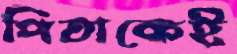
পিতাকেই